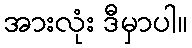
အားလုံး ဒီမှာပါ။